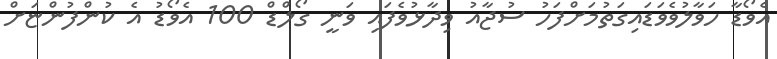
އެވޯޑާ ހަވާލުވެވަޑައިގަތުމަށްފަހު ސުޖާއު ވިދާޅުވެފައި ވަނީ ގޯލްޑް 100 އެވޯޑު އެ ކުންފުންޏަށް